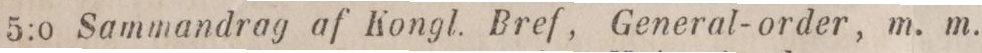
5:o Sammandrag af Kongl. Bref, General-order, m. m.